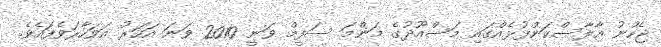
ޖެހުނު އާލާސްކަންފުޅެއްގައި މަސްއޫދުގެ މަންމަ ސަފީމް ވަނީ 2010 ވަނަ އަހަރު އަވަހާރަވެފައެވެ.